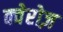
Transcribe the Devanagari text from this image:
क्वेरोज़